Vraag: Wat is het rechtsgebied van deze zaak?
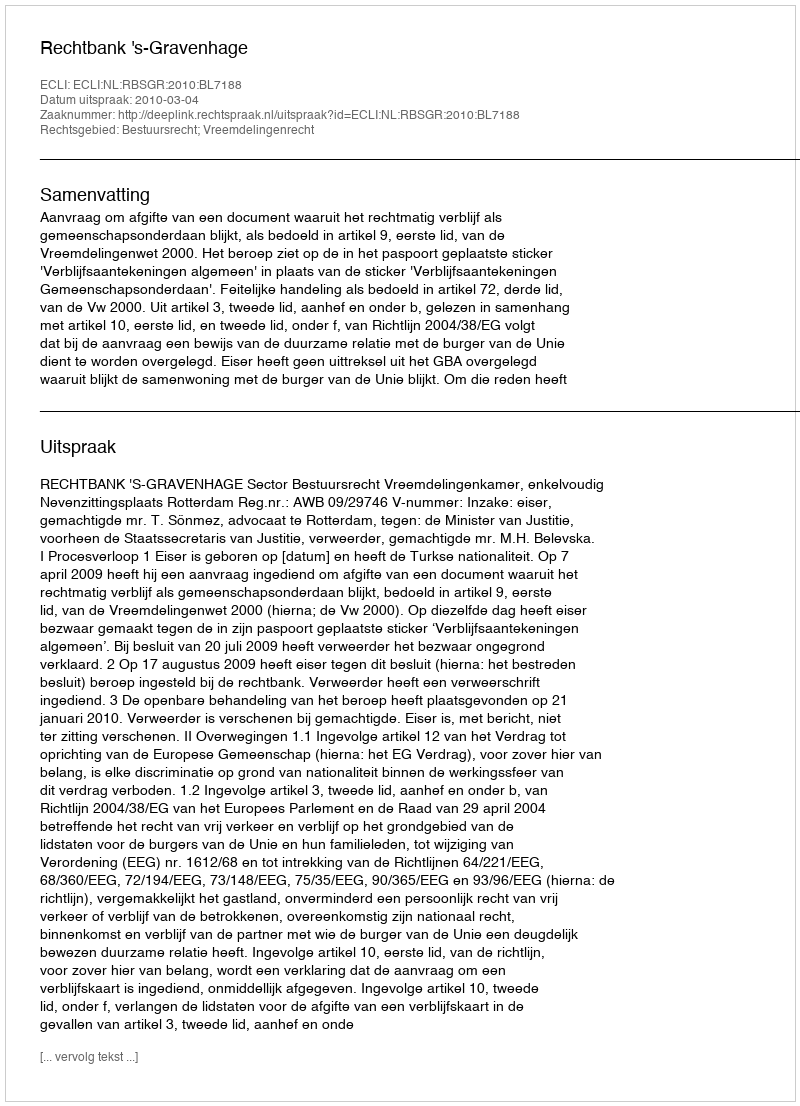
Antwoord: Bestuursrecht; Vreemdelingenrecht